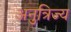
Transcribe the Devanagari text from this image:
अनुत्रिज्य